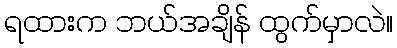
ရထားက ဘယ်အချိန် ထွက်မှာလဲ။